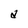
Character: d